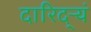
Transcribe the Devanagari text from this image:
दारिद्ऱ्यं